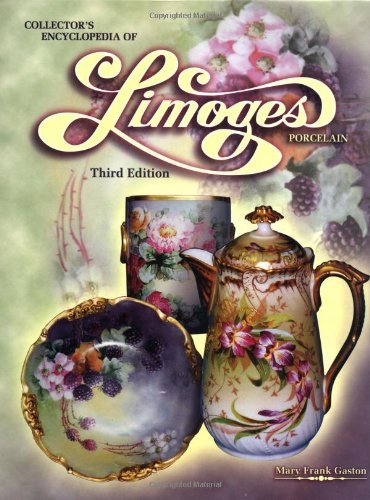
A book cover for Collectors Encyclopedia of Limoges Porcelain, 3rd Edition; Mary Frank Gaston; Crafts, Hobbies & Home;